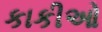
કાકીઓ